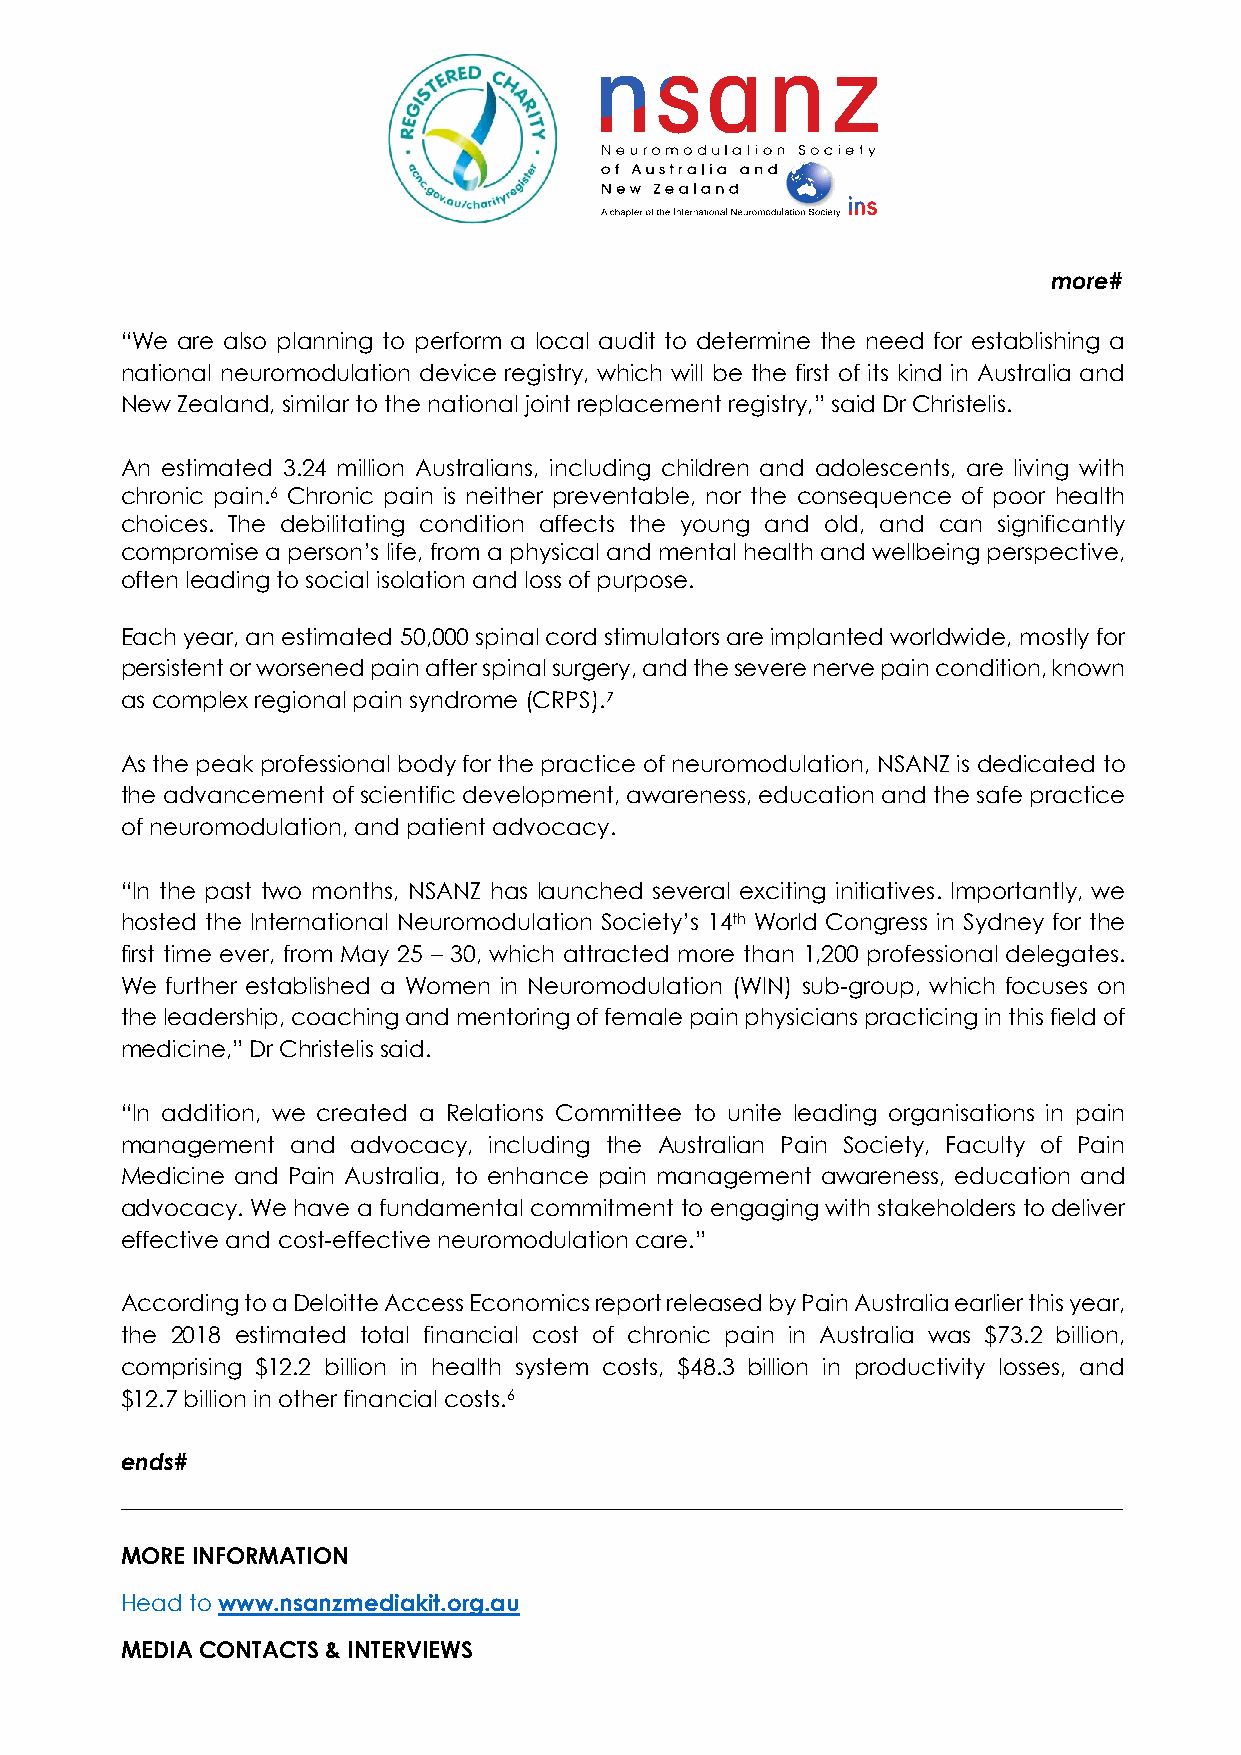
more#
 “We are also planning to perform a local audit to determine the need for establishing a
 national neuromodulation device registry, which will be the first of its kind in Australia and
 New Zealand, similar to the national joint replacement registry,” said Dr Christelis.
 An estimated 3.24 million Australians, including children and adolescents, are living with
 chronic pain.6 Chronic pain is neither preventable, nor the consequence of poor health
 choices. The debilitating condition affects the young and old, and can significantly
 compromise a person’s life, from a physical and mental health and wellbeing perspective,
 often leading to social isolation and loss of purpose.
 Each year, an estimated 50,000 spinal cord stimulators are implanted worldwide, mostly for
 persistent or worsened pain after spinal surgery, and the severe nerve pain condition, known
 as complex regional pain syndrome (CRPS).7
 As the peak professional body for the practice of neuromodulation, NSANZ is dedicated to
 the advancement of scientific development, awareness, education and the safe practice
 of neuromodulation, and patient advocacy.
 “In the past two months, NSANZ has launched several exciting initiatives. Importantly, we
 hosted the International Neuromodulation Society’s 14th World Congress in Sydney for the
 first time ever, from May 25 – 30, which attracted more than 1,200 professional delegates.
 We further established a Women in Neuromodulation (WIN) sub-group, which focuses on
 the leadership, coaching and mentoring of female pain physicians practicing in this field of
 medicine,” Dr Christelis said.
 “In addition, we created a Relations Committee to unite leading organisations in pain
 management and advocacy, including the Australian Pain Society, Faculty of Pain
 Medicine and Pain Australia, to enhance pain management awareness, education and
 advocacy. We have a fundamental commitment to engaging with stakeholders to deliver
 effective and cost-effective neuromodulation care.”
 According to a Deloitte Access Economics report released by Pain Australia earlier this year,
 the 2018 estimated total financial cost of chronic pain in Australia was $73.2 billion,
 comprising $12.2 billion in health system costs, $48.3 billion in productivity losses, and
 $12.7 billion in other financial costs.6
 ends#
 MORE INFORMATION
 Head to www.nsanzmediakit.org.au
 MEDIA CONTACTS & INTERVIEWS